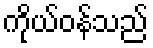
ကိုယ်ဝန်သည်